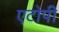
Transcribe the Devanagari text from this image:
एटोपी